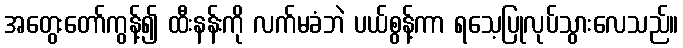
အတွေးတော်ကွန့်၍ ထီးနန်းကို လက်မခံဘဲ ပယ်စွန့်ကာ ရသေ့ပြုလုပ်သွားလေသည်။